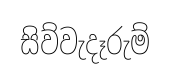
සිව්වැදෑරුම්